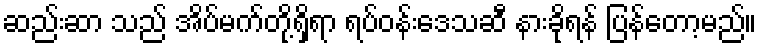
ဆည်းဆာ သည် အိပ်မက်တို့ရှိရာ ရပ်ဝန်းဒေသဆီ နားခိုရန် ပြန်တော့မည်။